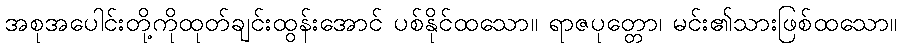
အစုအပေါင်းတို့ကိုထုတ်ချင်းထွန်းအောင် ပစ်နိုင်ထသော။ ရာဇပုတ္တော၊ မင်း၏သားဖြစ်ထသော။